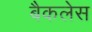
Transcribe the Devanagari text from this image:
बैकलेस